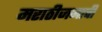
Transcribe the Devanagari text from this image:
मराठीजनाची